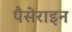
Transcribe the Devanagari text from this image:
पैसेराइन